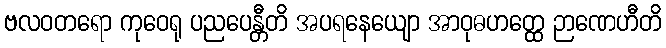
ဗလဝတရော ကုဝေရု ပညပေန္တီတိ အပရနေယျော အာဝုဓဟတ္ထေ ဉာဏေဟီတိ